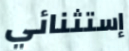
إستثنائي